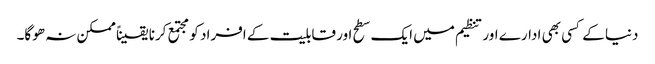
دنیا کے کسی بھی ادارے اور تنظیم میں ایک سطح اور قابلیت کے افراد کو مجتمع کرنا یقیناً ممکن نہ ھوگا۔